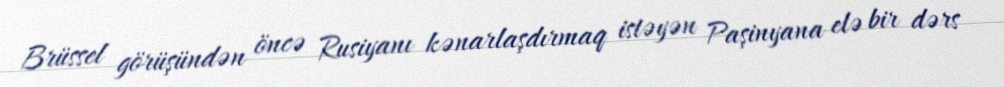
Brüssel görüşündən öncə Rusiyanı kənarlaşdırmaq istəyən Paşinyana elə bir dərs